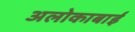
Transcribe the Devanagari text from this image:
अलोकाबाई